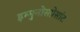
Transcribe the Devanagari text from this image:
इम्मुनोसप्रेसांट